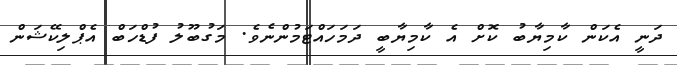
ދަނީ އެކަން ކާމިޔާބު ކޮށް އެ ކާމިޔާބީ ދަމަހައްޓަމުންނެވެ. މަގުބޫލު ފުޑްހަބް އެޕްލިކޭޝަން